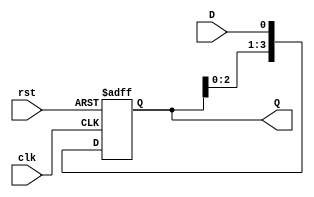
module ShiftRegister (
    input wire clk,        // Clock signal
    input wire rst,        // Asynchronous reset signal
    input wire D,         // Data input
    output reg [3:0] Q    // 4-bit Data output
);

    always @(posedge clk or posedge rst) begin
        if (rst) begin
            // On reset, clear the register
            Q <= 4'b0000;
        end else begin
            // Shift the data
            Q <= {Q[2:0], D}; // Shift left and load new data D into the least significant bit
        end
    end

endmodule